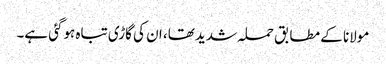
مولانا کے مطابق حملہ شدید تھا، ان کی گاڑی تباہ ہوگئی ہے۔